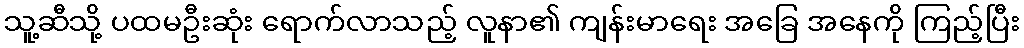
သူ့ဆီသို့ ပထမဦးဆုံး ရောက်လာသည့် လူနာ၏ ကျန်းမာရေး အခြေ အနေကို ကြည့်ပြီး